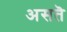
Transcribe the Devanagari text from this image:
असतॆ